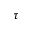
\tau